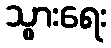
သွားရေး